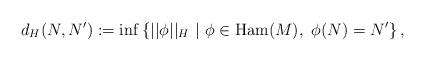
LaTeX: \begin{align*}d_H(N,N'):=\inf\left\{||\phi||_H\ \middle|\ \phi\in\mathrm{Ham}(M),\ \phi(N)=N'\right\},\end{align*}